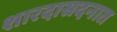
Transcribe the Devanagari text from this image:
शारदासदनात